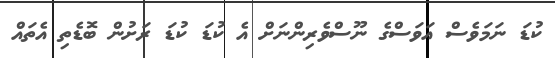
ކުޑަ ނަމަވެސް އަވަސްގެ ނޫސްވެރިންނަށް އެ ކުޑަ ކުޑަ ރަށުން ބޮޑެތި އެތައް